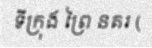
ទីក្រុង ព្រៃ នគរ (